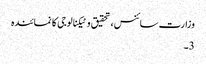
وزارت سائنس، تحقیق و ٹیکنالوجی کا نمائندہ
3۔